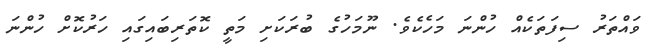
ވައްތަރު ސިފަތަކެއް ހުންނަ މަހެކެވެ. ނޫމަހުގެ ބުރަކަށި މަތީ ކޮތަރިބައިގައި ހަރުކޮށް ހުންނަ